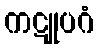
ကဋူပဂံ